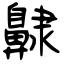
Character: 齂